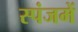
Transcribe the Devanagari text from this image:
स्पंजमें